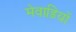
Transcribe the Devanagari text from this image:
मेवाड़ियों